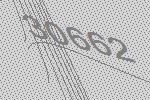
30662